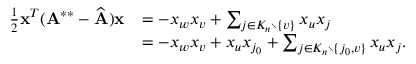
\begin{array} { r l } { \frac { 1 } { 2 } \mathbf { x } ^ { T } ( \mathbf { A } ^ { * * } - \widehat { \mathbf { A } } ) \mathbf { x } } & { = - x _ { w } x _ { v } + \sum _ { j \in K _ { n } \setminus \{ v \} } x _ { u } x _ { j } } \\ & { = - x _ { w } x _ { v } + x _ { u } x _ { j _ { 0 } } + \sum _ { j \in K _ { n } \setminus \{ j _ { 0 } , v \} } x _ { u } x _ { j } . } \end{array}